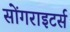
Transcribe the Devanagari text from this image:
सोंगराइटर्स